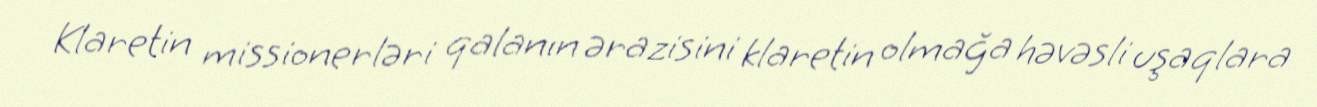
Klaretin missionerləri qalanın ərazisini klaretin olmağa həvəsli uşaqlara